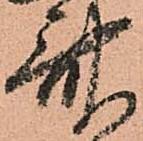
斎